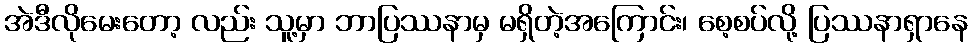
အဲဒီလိုမေးတော့ လည်း သူ့မှာ ဘာပြဿနာမှ မရှိတဲ့အကြောင်း၊ စေ့စပ်လို့ ပြဿနာရှာနေ